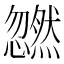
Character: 𫻜